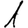
Digit: 1